Lunatic asylums in Bengal annual reports 1888-1898 - 1888-1898
Year: 1888
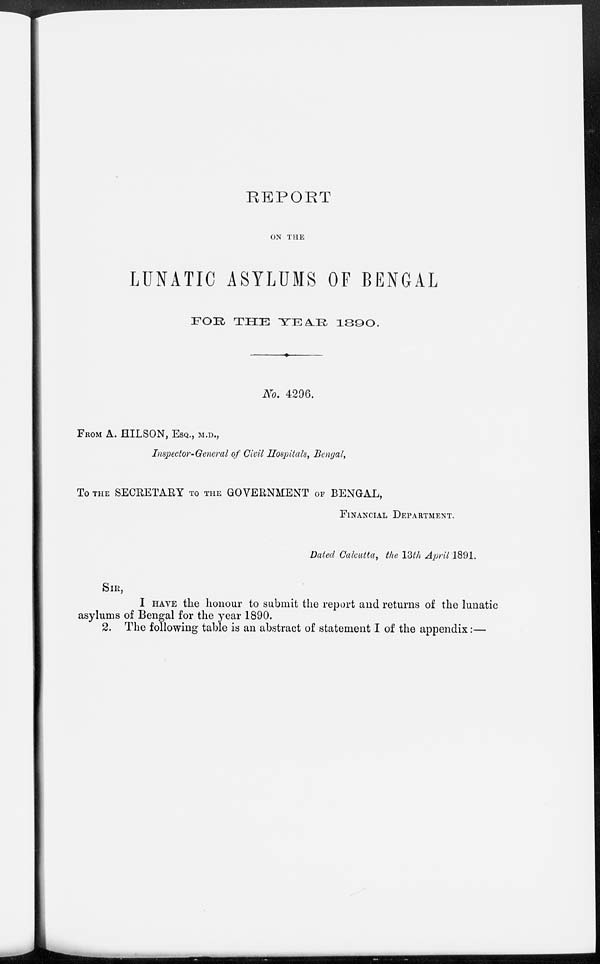
REPORT
ON THE
LUNATIC ASYLUMS OF BENGAL
FOR THE
YEAR
1890.
No. 4296.
FROM A. HILSON, ESQ., M.D.,
Inspector General of Civil Hospitals, Bengal,
To THE SECRETARY TO THE GOVERNMENT OF BENGAL,
FINANCIAL DEPARTMENT.
Dated Calcutta, the 13th April 1891.
SIR,
I HAVE the honour to submit the report and returns of the lunatic
asylums of Bengal for the year 1890.
2. The following table is an abstract of statement I of the appendix:—